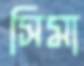
সিমা